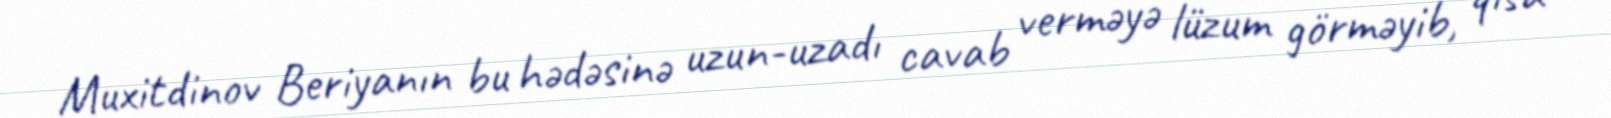
Muxitdinov Beriyanın bu hədəsinə uzun-uzadı cavab verməyə lüzum görməyib, qısa